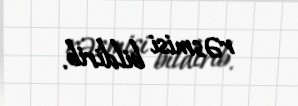
rəsmisi bildirib.